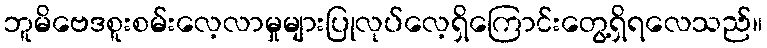
ဘူမိဗေဒစူးစမ်းလေ့လာမှုများပြုလုပ်လေ့ရှိကြောင်းတွေ့ရှိရလေသည်။